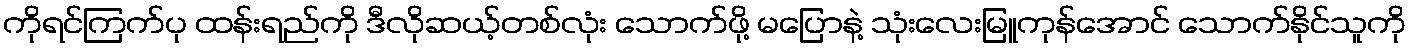
ကိုရင်ကြက်ပု ထန်းရည်ကို ဒီလိုဆယ့်တစ်လုံး သောက်ဖို့ မပြောနဲ့ သုံးလေးမြူကုန်အောင် သောက်နိုင်သူကို